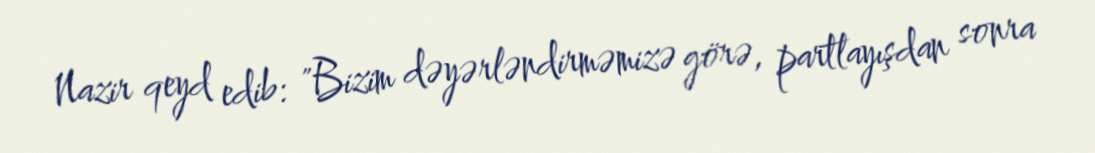
Nazir qeyd edib: "Bizim dəyərləndirməmizə görə, partlayışdan sonra